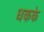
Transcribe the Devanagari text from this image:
धकके